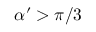
\alpha ^ { \prime } > \pi / 3